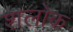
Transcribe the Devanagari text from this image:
शलोक